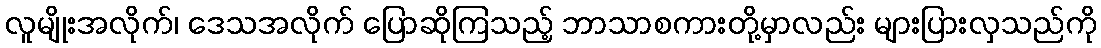
လူမျိုးအလိုက်၊ ဒေသအလိုက် ပြောဆိုကြသည့် ဘာသာစကားတို့မှာလည်း များပြားလှသည်ကို